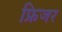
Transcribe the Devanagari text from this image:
फ्रिजर